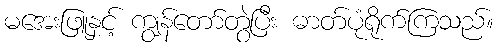
မအေးဖြူနှင့် ကျွန်တော်တွဲပြီး ဓာတ်ပုံရိုက်ကြသည်။